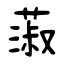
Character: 蔋